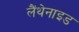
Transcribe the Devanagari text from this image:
लैंथेनाइड